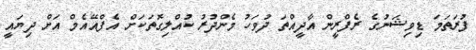
ފުރަތަމަ ޑިވިޝަނުގެ ރެފްރީން އާދީއްތަ ދުވަހު މެންދުރު ކުއްލިގޮތަކަށް އެފްއޭއެމް އަށް ދިޔައީ